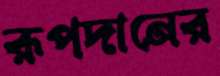
রূপদানের